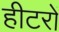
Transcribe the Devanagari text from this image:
हीटरों